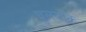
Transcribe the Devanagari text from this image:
चुललोक